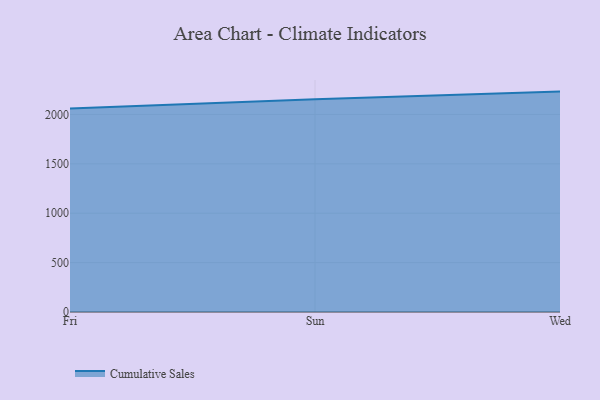
{"axis": {"x": "Day", "y": "Revenue (USD Million)"}, "legend": ["Cumulative Sales"], "data": [{"x": "Fri", "y": 2060.9, "type": "Cumulative Sales"}, {"x": "Sun", "y": 2154.7, "type": "Cumulative Sales"}, {"x": "Wed", "y": 2231.3, "type": "Cumulative Sales"}]}